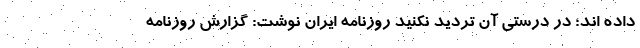
داده اند؛ در درستی آن تردید نکنید روزنامه ایران نوشت: گزارش روزنامه